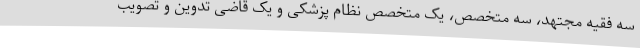
سه فقیه مجتهد، سه متخصص، یک متخصص نظام پزشکی و یک قاضی تدوین و تصویب